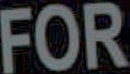
FOR